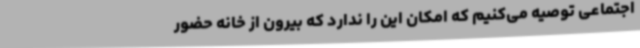
اجتماعی توصیه می‌کنیم که امکان این را ندارد که بیرون از خانه حضور